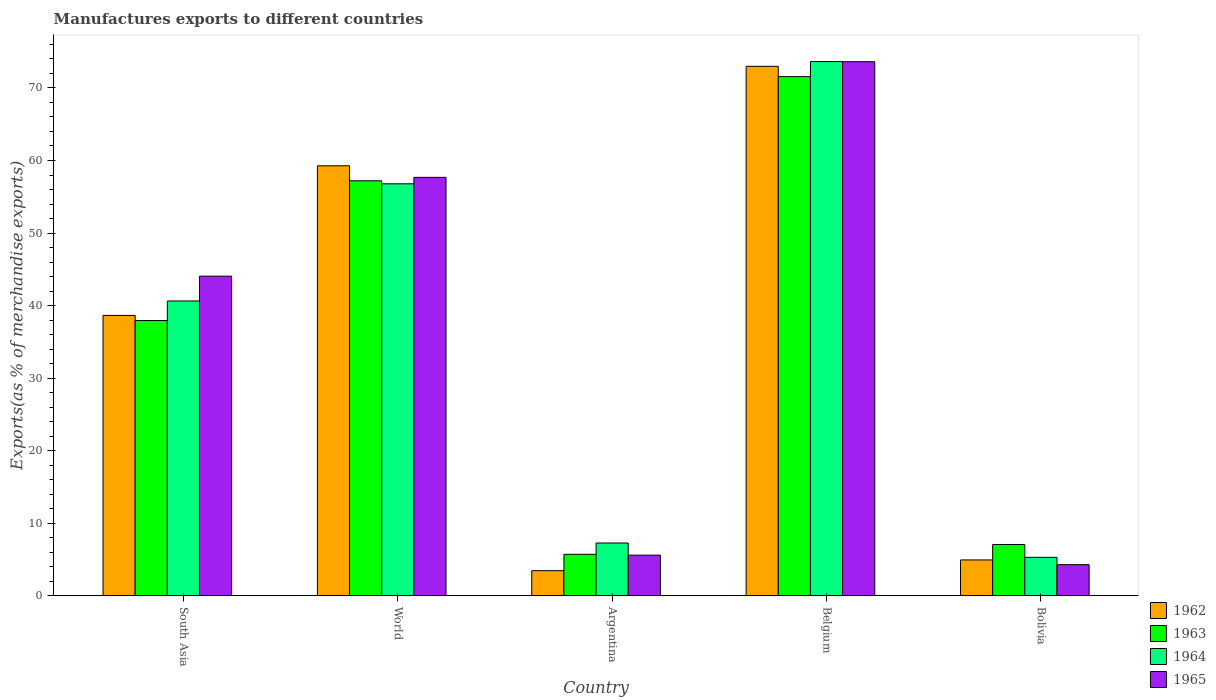
| Country | 1962 | 1963 | 1964 | 1965 |
 | --- | --- | --- | --- | --- |
 | South Asia | 38.6 | 37.9 | 40.6 | 44.1 |
 | World | 59.3 | 57.2 | 56.8 | 57.7 |
 | Argentina | 3.47 | 5.73 | 7.28 | 5.61 |
 | Belgium | 73 | 71.6 | 73.6 | 73.6 |
 | Bolivia | 4.95 | 7.08 | 5.31 | 4.3 |